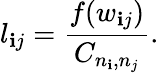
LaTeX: l_{\mathbf{i}j}=\frac{{f(w_{\mathbf{i}j})}}{{C_{n_{\mathbf{i}},n_{j}}}}.